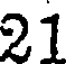
21